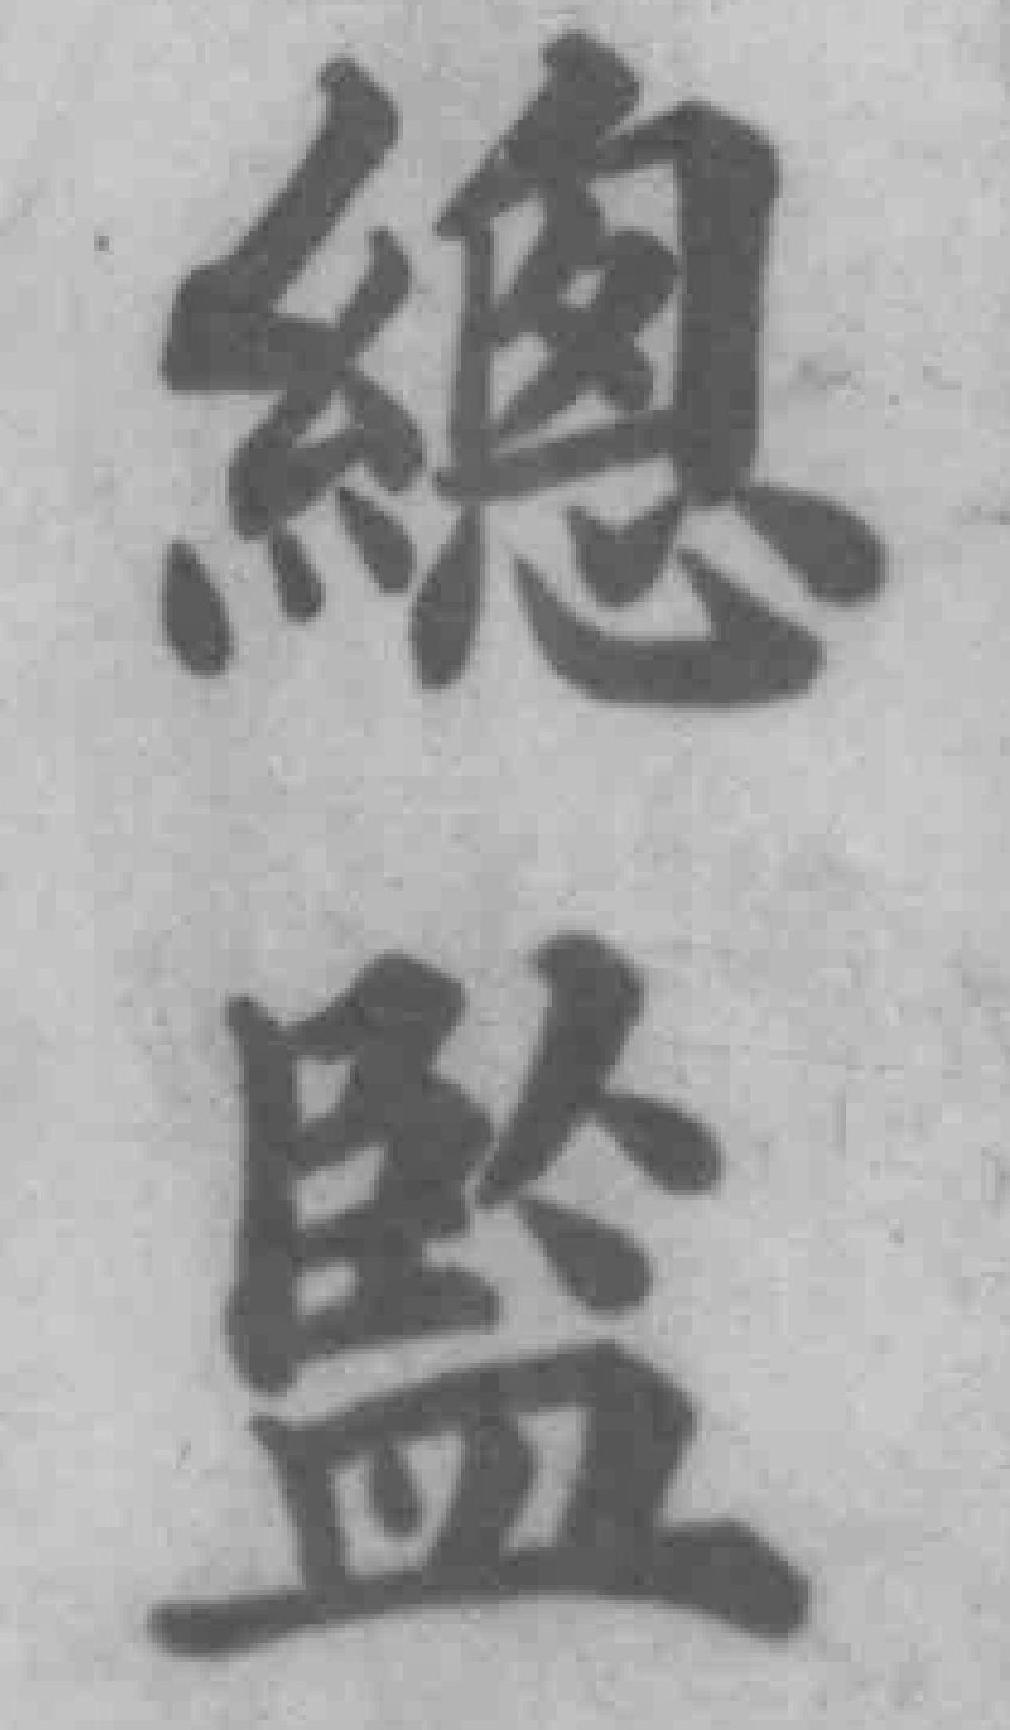
總監